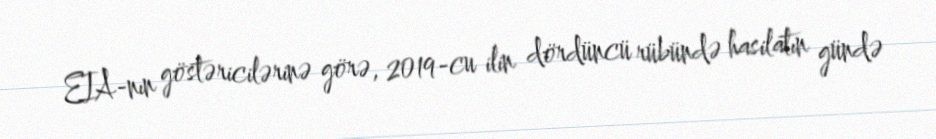
EIA-nın göstəricilərinə görə, 2019-cu ilin dördüncü rübündə hasilatın gündə